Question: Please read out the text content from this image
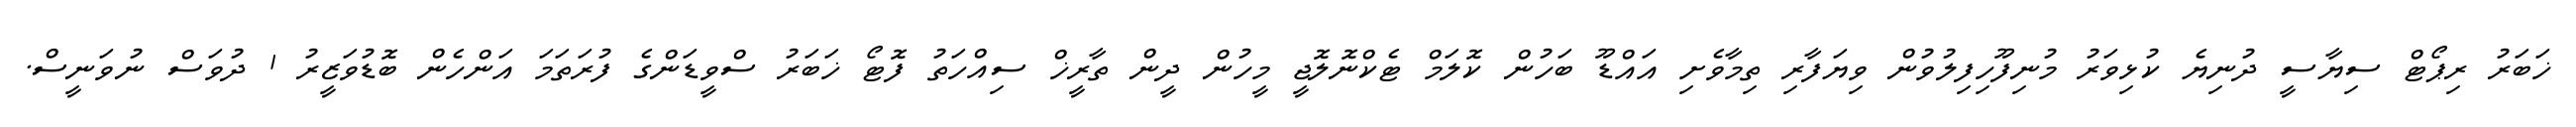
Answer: ޚަބަރު ރިޕޯޓް ސިޔާސީ ދުނިޔެ ކުޅިވަރު މުނިފޫހިފިލުވުން ވިޔަފާރި ތިމާވެށި އައްޑޫ ބަހުން ކޮލަމް ޓެކްނޮލޮޖީ މީހުން ދީން ތާރީޚް ސިއްހަތު ފޮޓޯ ޚަބަރު ސްވީޑަންގެ ފުރަތަމަ އަންހެން ބޮޑުވަޒީރު 1 ދުވަސް ނުވަނީސް.